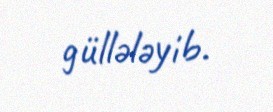
güllələyib.